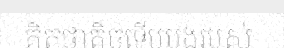
គិតថាតិចទើបបងរបស់